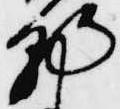
朝